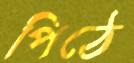
পিঠে